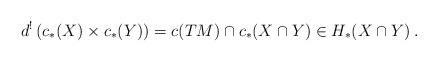
\begin{align*} d^!\left( c_*(X) \times c_*(Y) \right) = c(TM)\cap c_*(X\cap Y) \in H_*(X\cap Y)\:. \end{align*}